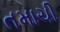
તમાચી